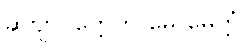
ဆဗျာပုတ္တေဟိ မေ မေတ္တံ၊